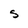
Character: S